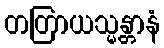
တတြာယသ္မန္တာနံ